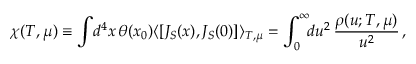
\chi ( T , \mu ) \equiv \int \! d ^ { 4 } x \, \theta ( x _ { 0 } ) \langle [ J _ { S } ( x ) , J _ { S } ( 0 ) ] \rangle _ { T , \mu } = \int _ { 0 } ^ { \infty } \! \! d u ^ { 2 } \, { \frac { \rho ( u ; T , \mu ) } { u ^ { 2 } } } \, ,